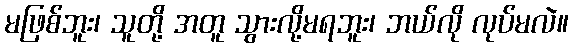
မဖြစ်ဘူး၊ သူတို့ အတူ သွားလို့မရဘူး၊ ဘယ်လို လုပ်မလဲ။